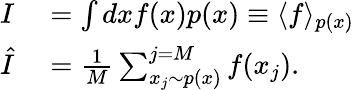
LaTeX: \begin{array}{rl}{I}&{{}=\int dxf(x)p(x)\equiv\langle f\rangle_{p(x)}}\\ {\hat{I}}&{{}=\frac{1}{M}\sum_{x_{j}\sim p(x)}^{j=M}f(x_{j}).}\end{array}